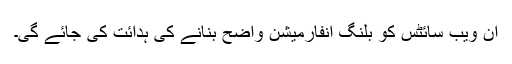
ان ویب سائٹس کو بلنگ انفارمیشن واضح بنانے کی ہدائت کی جائے گی۔